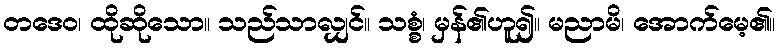
တဒေဝ၊ ထိုဆိုသော။ သည်သာလျှင်။ သစ္စံ၊ မှန်၏ဟူ၍။ မညာမိ၊ အောက်မေ့၏။